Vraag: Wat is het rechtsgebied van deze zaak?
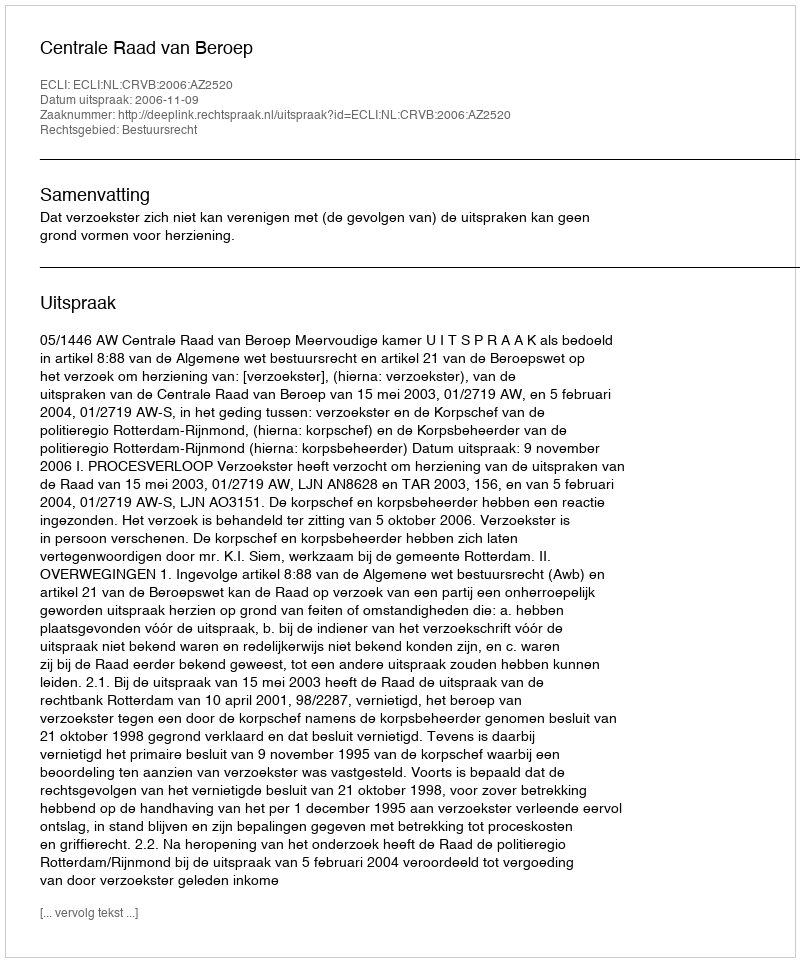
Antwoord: Bestuursrecht